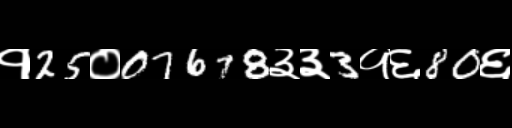
Text: १25०07678३३3१६80६